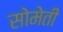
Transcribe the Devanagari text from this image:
सोमेती